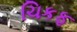
ચિકફ